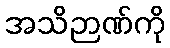
အသိဉာဏ်ကို